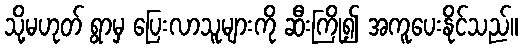
သို့မဟုတ် ရွာမှ ပြေးလာသူများကို ဆီးကြို၍ အကူပေးနိုင်သည်။